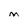
Character: M